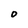
Character: O